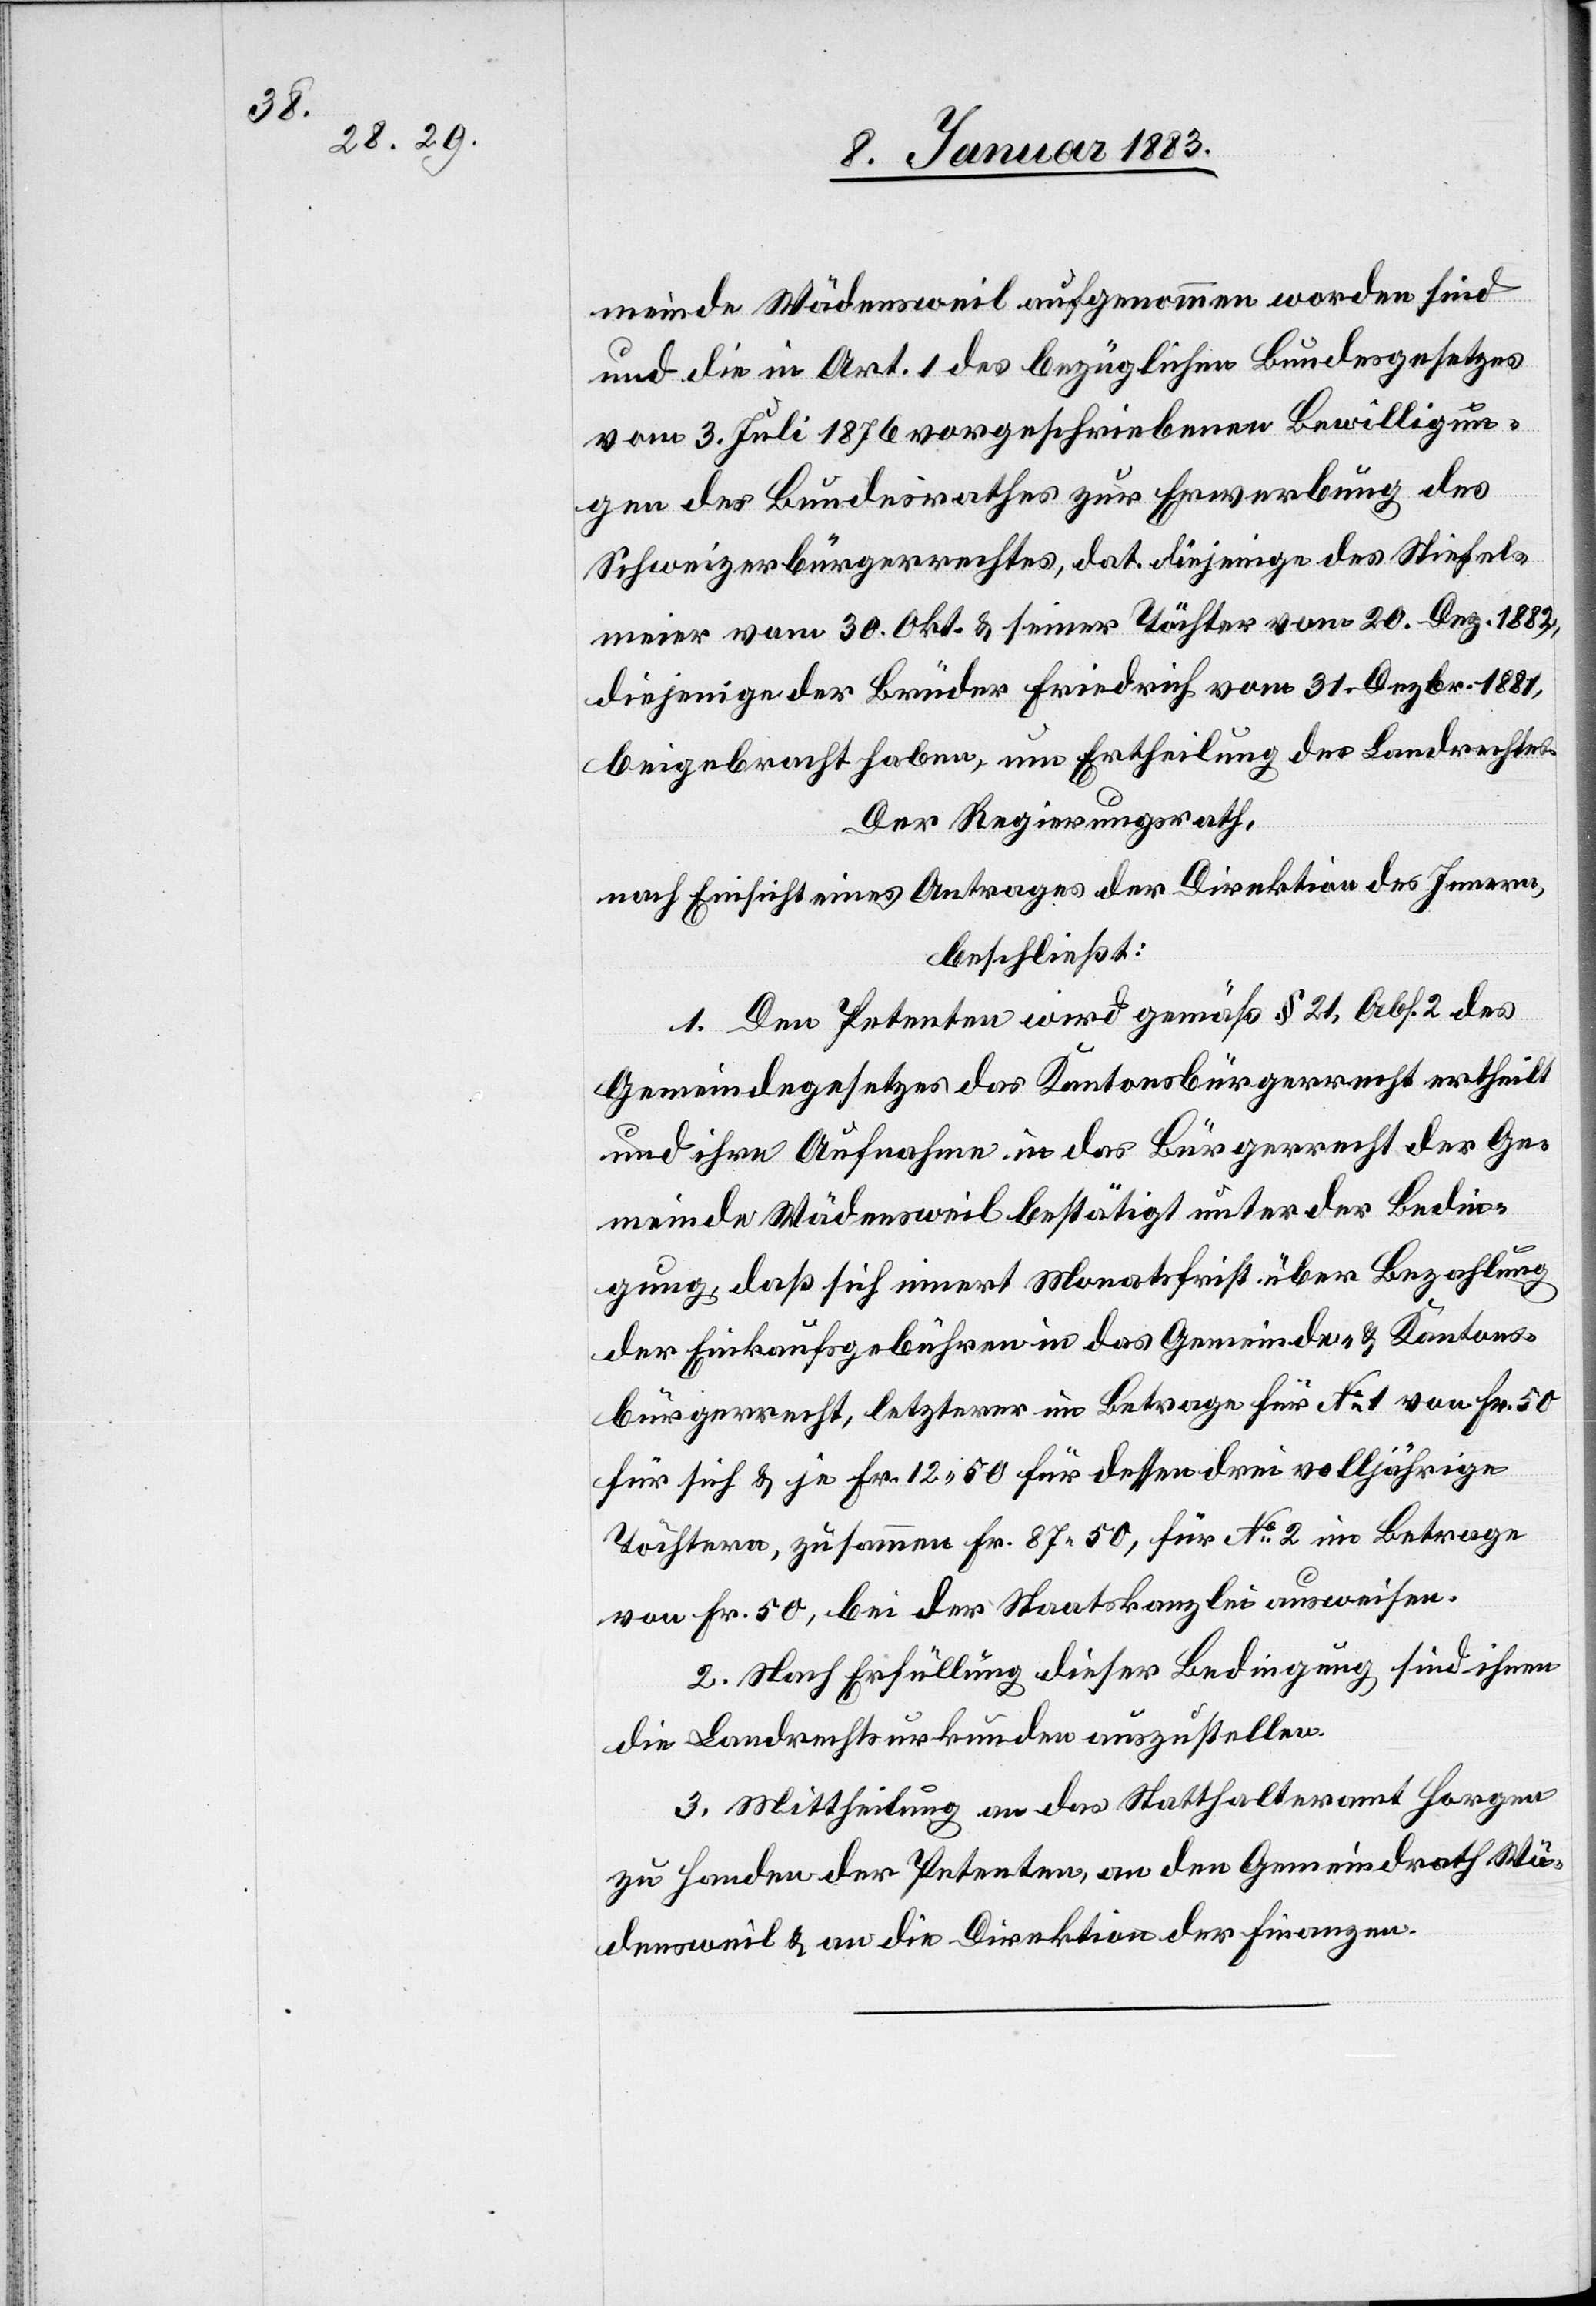
meinde Wädensweil aufgenommen worden sind
und die in Art. 1 des bezüglichen Bundesgesetzes
vom 3. Juli 1876 vorgeschriebenen Bewilligun¬
gen des Bundesrathes zur Erwerbung des
Schweizerbürgerrechtes, dat. diejenige des Stiefel¬
meier vom 30. Okt. & seiner Töchter vom 20. Dez. 1882,
diejenige der Brüder Friedrich vom 31. Dezbr. 1881,
beigebracht haben, – um Ertheilung des Landrechtes.
Der Regierungsrath,
nach Einsicht eines Antrages der Direktion des Innern,
beschließt:
1. Den Petenten wird gemäß § 21, Abs. 2 des
Gemeindegesetzes das Kantonsbürgerrecht ertheilt
& ihre Aufnahme in das Bürgerrecht der Ge¬
meinde Wädensweil bestätigt unter der Bedin¬
gung, daß [sie] sich innert Monatsfrist über Bezahlung
der Einkaufsgebühren in das Gemeinde- & Kantons¬
bürgerrecht, letzterer im Betrage für No 1 von Fr. 50
für sich & je Fr. 12.50 für dessen drei volljährige
Töchtern, zusammen Fr. 87.50, für No 2 im Betrage
von Fr. 50, bei der Staatskanzlei ausweisen.
2. Nach Erfüllung dieser Bedingung sind ihnen
die Landrechtsurkunden auszustellen.
3. Mittheilung an das Statthalteramt Horgen
zu Handen der Petenten, an den Gemeindrath Wä¬
densweil & an die Direktion der Finanzen.